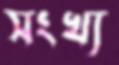
সংখ্য